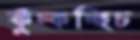
কুঁচ্‌কচ্ছিচ